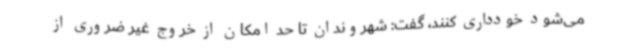
می‌شود خودداری کنند، گفت: شهروندان تا حد امکان از خروج غیر ضروری از